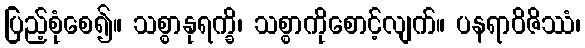
ပြည့်စုံစေ၍။ သစ္စာနုရက္ခိ၊ သစ္စာကိုစောင့်လျက်။ ပနရာဝိဇိဿံ၊